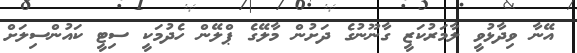
އޭނާ ވިދާޅުވީ ލާމަރުކަޒީ ގާނޫނުގެ ދަށުން މާލޭގެ ޕްލޭން ހެދުމަކީ ސިޓީ ކައުންސިލަށް